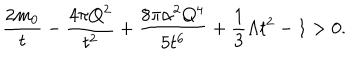
\frac { 2 m _ { 0 } } { t } - \frac { 4 \pi Q ^ { 2 } } { t ^ { 2 } } + \frac { 8 \pi \alpha ^ { 2 } Q ^ { 4 } } { 5 t ^ { 6 } } + \frac { 1 } { 3 } \Lambda t ^ { 2 } - 1 > 0 .